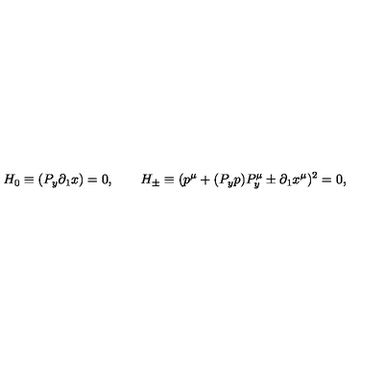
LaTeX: \qquad H _ { 0 } \equiv ( P _ { y } \partial _ { 1 } x ) = 0 , \qquad H _ { \pm } \equiv ( p ^ { \mu } + ( P _ { y } p ) P _ { y } ^ { \mu } \pm \partial _ { 1 } x ^ { \mu } ) ^ { 2 } = 0 ,